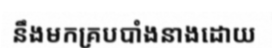
នឹងមកគ្របបាំងនាងដោយ